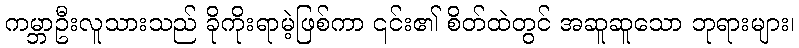
ကမ္ဘာဦးလူသားသည် ခိုကိုးရာမဲ့ဖြစ်ကာ ၎င်း၏ စိတ်ထဲတွင် အဆူဆူသော ဘုရားများ၊